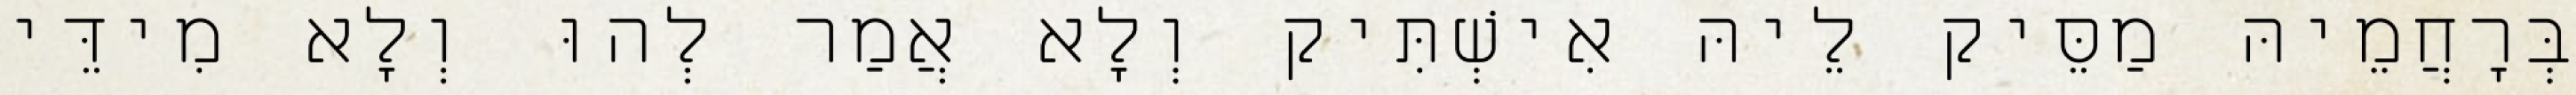
בְּרָחֲמֵיהּ מַסֵּיק לֵיהּ אִישְׁתִּיק וְלָא אֲמַר לְהוּ וְלָא מִידֵּי